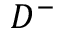
D ^ { - }